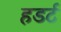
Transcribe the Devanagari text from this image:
हडर्ट